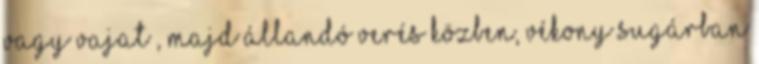
vagy vajat , majd állandó verés közben, vékony sugárban